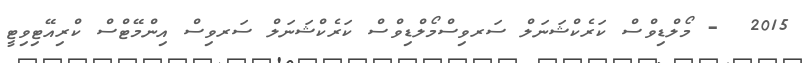
2015  - މޯލްޑިވްސް ކަރެކްޝަނަލް ސަރވިސްމޯލްޑިވްސް ކަރެކްޝަނަލް ސަރވިސް އިންމޭޓްސް ކްރިއޭޓިވިޓީ